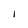
Character: l